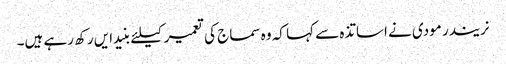
نریندر مودی نے اساتذہ سے کہا کہ وہ سماج کی تعمیر کیلئے بنیدایں رکھ رہے ہیں۔